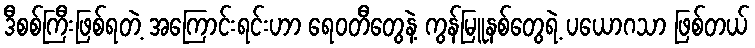
ဒီစစ်ကြီးဖြစ်ရတဲ့ အကြောင်းရင်းဟာ ရေဝတီတွေနဲ့ ကွန်မြူနစ်တွေရဲ့ ပယောဂသာ ဖြစ်တယ်